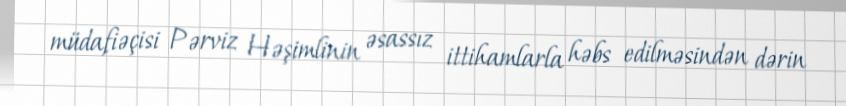
müdafiəçisi Pərviz Həşimlinin əsassız ittihamlarla həbs edilməsindən dərin